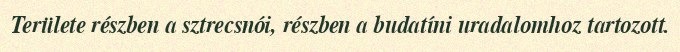
Területe részben a sztrecsnói, részben a budatíni uradalomhoz tartozott.